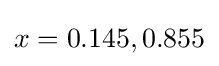
x=0.145,0.855